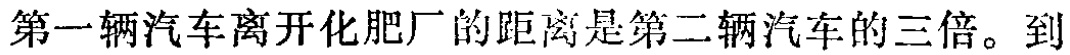
第一辆汽车离开化肥厂的距离是第二辆汽车的三倍。到